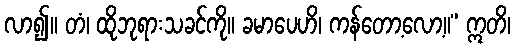
လာ၍။ တံ၊ ထိုဘုရားသခင်ကို။ ခမာပေဟိ၊ ကန်တော့လော့။” ဣတိ၊